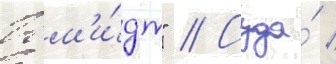
Шм'и́дт" // Суда́ /